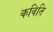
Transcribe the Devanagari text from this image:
कविति